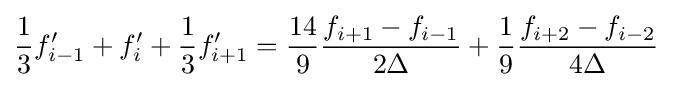
{\frac {1}{3}}f'_{i-1}+f'_{i}+{\frac {1}{3}}f'_{i+1}={\frac {14}{9}}{\frac {f_{i+1}-f_{i-1}}{2\Delta }}+{\frac {1}{9}}{\frac {f_{i+2}-f_{i-2}}{4\Delta }}